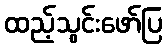
ထည့်သွင်းဖော်ပြ